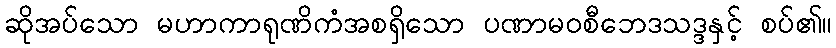
ဆိုအပ်သော မဟာကာရုဏိကံအစရှိသော ပဏာမဝစီဘေဒသဒ္ဒနှင့် စပ်၏။